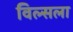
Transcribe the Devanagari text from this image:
विल्सला